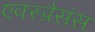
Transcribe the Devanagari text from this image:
एक्स्प्रेसंस